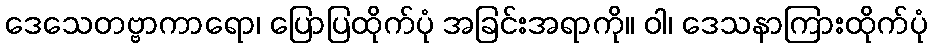
ဒေသေတဗ္ဗာကာရော၊ ပြောပြထိုက်ပုံ အခြင်းအရာကို။ ဝါ၊ ဒေသနာကြားထိုက်ပုံ